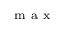
_ \mathrm { ~ m ~ a ~ x ~ }